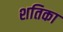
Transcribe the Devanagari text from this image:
शतिका